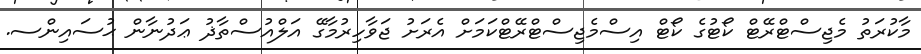
މާކުރަތު މެޖިސްޓްރޭޓް ކޯޓުގެ ކޯޓް އިސްމެޖިސްޓްރޭޓްކަމަށް އެރަށު ޖަވާހިރުމާގޭ އަލްއުސްތާޛު ޢަދުނާން ޙުސައިންސ.